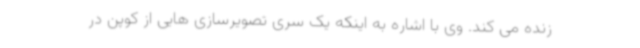
زنده می کند. وی با اشاره به اینکه یک سری تصویرسازی هایی از کوپن در